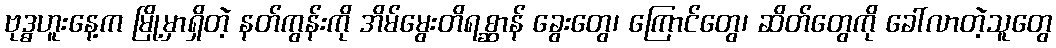
ဗုဒ္ဓဟူးနေ့က မြို့မှာရှိတဲ့ နတ်ကွန်းကို အိမ်မွေးတိရစ္ဆာန် ခွေးတွေ၊ ကြောင်တွေ၊ ဆိတ်တွေကို ခေါ်လာတဲ့သူတွေ